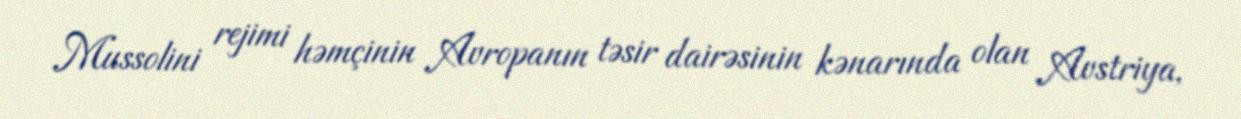
Mussolini rejimi həmçinin Avropanın təsir dairəsinin kənarında olan Avstriya,